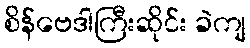
စိန်ဗေဒါကြီးဆိုင်း ခဲကျ